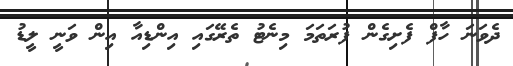
ދެވަނަ ހާފް ފެށިގެން ފުރަތަމަ މިނެޓު ތެރޭގައި އިންޑިއާ އިން ވަނީ ލީޑު